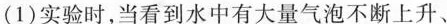
(1)实验时，当看到水中有大量气泡不断上升、